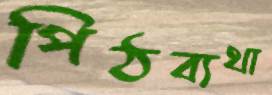
পিঠব্যথা